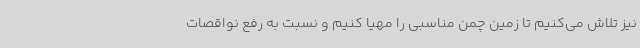
نیز تلاش می‌کنیم تا زمین چمن مناسبی را مهیا کنیم و نسبت به رفع نواقصات